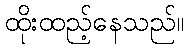
ထိုးထည့်နေသည်။